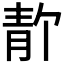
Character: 𫕸